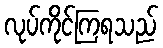
လုပ်ကိုင်ကြရသည်